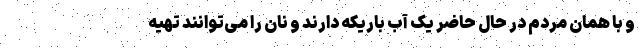
و با همان مردم در حال حاضر یک آب باریکه دارند و نان را می‌توانند تهیه